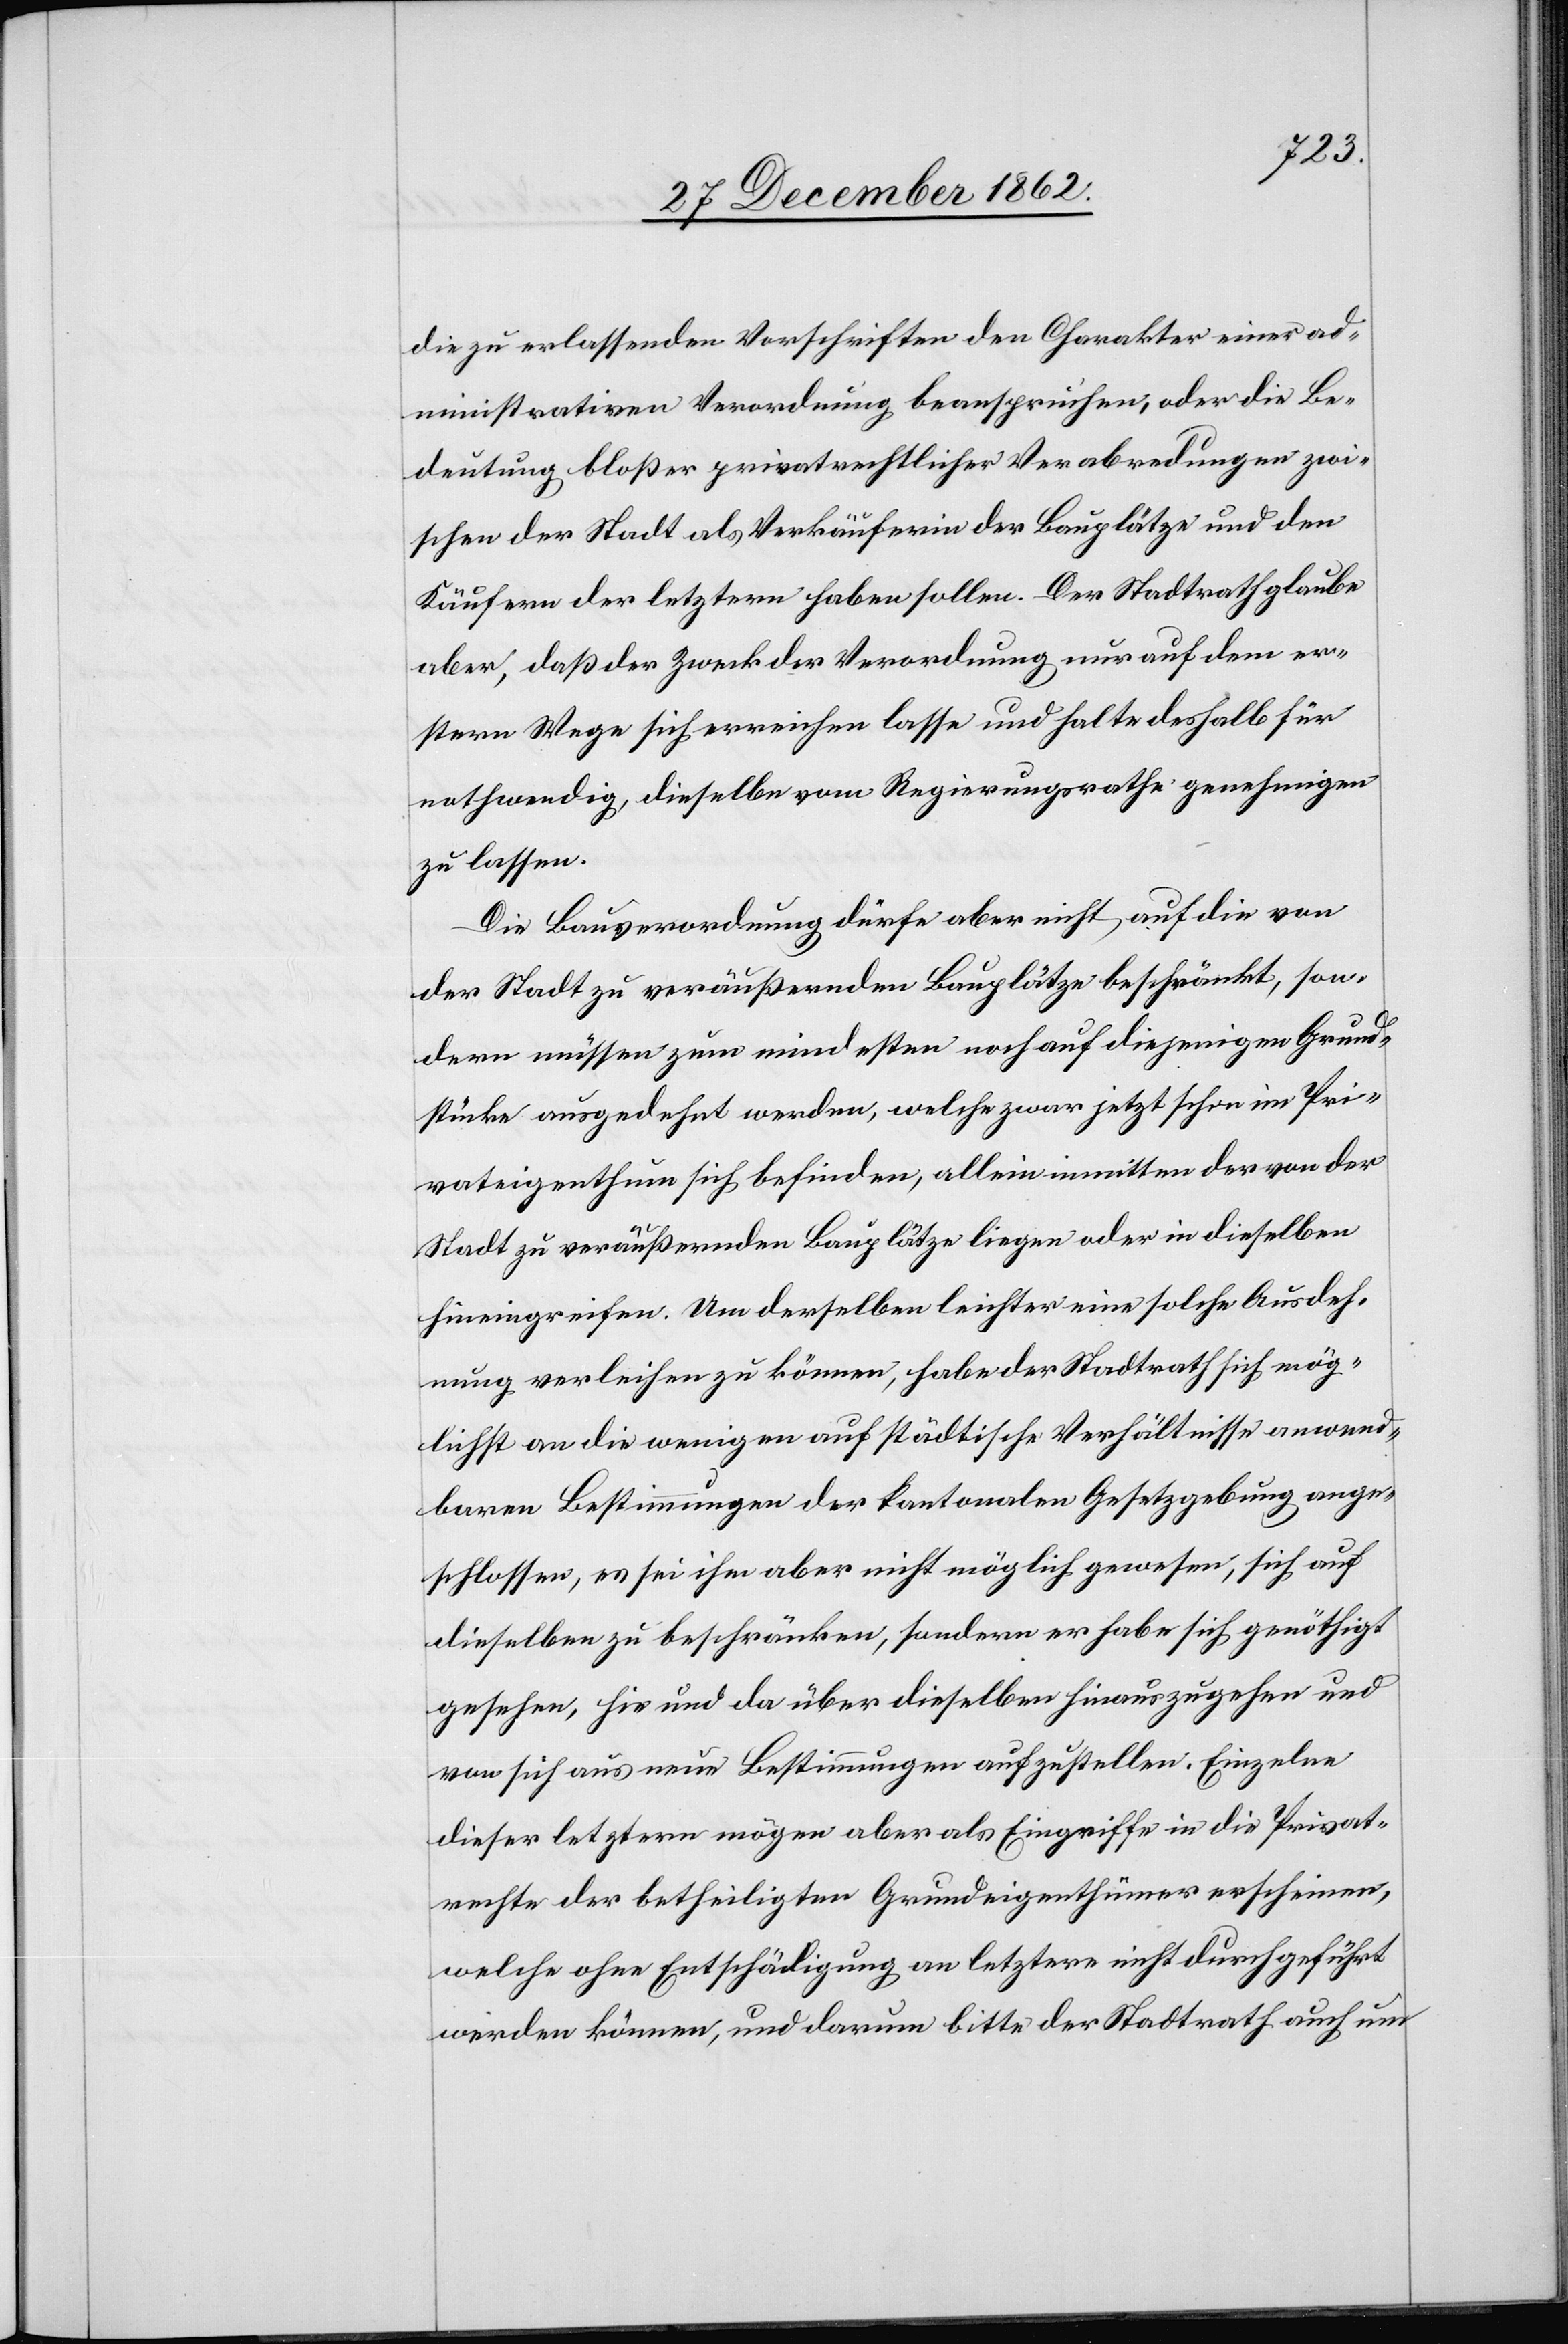
die zu erlassenden Vorschriften den Charakter einer ad¬
ministrativen Verordnung beanspruchen, oder die Be¬
deutung bloßer privatrechtlicher Verabredungen zwi¬
schen der Stadt als Verkäuferin der Bauplätze und den
Käufern der letztern haben sollen. Der Stadtrath glaube
aber, daß der Zweck der Verordnung nur auf dem er¬
stern Wege sich erreichen lasse und halte deshalb für
nothwendig, dieselbe vom Regierungsrathe genehmigen
zu lassen.
Die Bauverordnung dürfe aber nicht auf die von
der Stadt veräußernden Bauplätze beschränkt, son¬
dern müssen zum mindesten noch auf diejenigen Grund¬
stücke ausgedehnt werden, welche zwar jetzt schon im Pri¬
vateigenthum sich befinden, allein inmitten der von der
Stadt zu veräußernden Bauplätze liegen oder in dieselben
hineingreifen. Um derselben leichter eine solche Ausdeh¬
nung verleihen zu können, habe der Stadtrath sich mög¬
lichst an die wenigen auf städtische Verhältnisse anwend¬
baren Bestimmungen der kantonalen Gesetzgebung ange¬
schlossen, es sei ihm aber nicht möglich gewesen, sich auf
dieselben zu beschränken, sondern er habe sich genöthigt
gesehen, hie und da über dieselben hinauszugehen und
von sich aus neue Bestimmungen aufzustellen. Einzelne
dieser letztern mögen aber als Eingriffe in die Privat¬
rechte der betheiligten Grundeigenthümer erscheinen,
welche ohne Entschädigung an letztere nicht durchgeführt
werden können, und darum bitte der Stadtrath auch nun